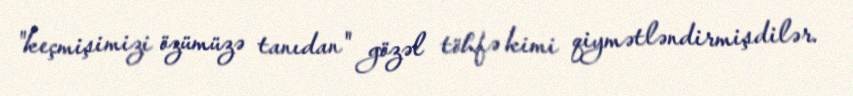
"keçmişimizi özümüzə tanıdan" gözəl töhfə kimi qiymətləndirmişdilər.